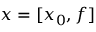
{ x = [ x _ { 0 } , f ] }